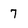
Character: 7